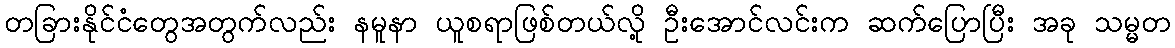
တခြားနိုင်ငံတွေအတွက်လည်း နမူနာ ယူစရာဖြစ်တယ်လို့ ဦးအောင်လင်းက ဆက်ပြောပြီး အခု သမ္မတ